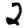
Digit: 2